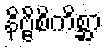
နိဗ္ဗိစိကိစ္ဆာ